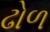
ઢોળ